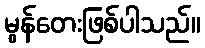
မွန်တေးဖြစ်ပါသည်။